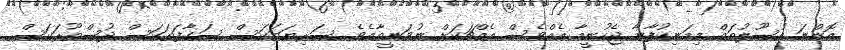
އޮންނަ އުސޫލުތައް މިމަނިކުފާނާ ޖެހުނީމާ އެއްވެސް އެއްޗަކަށް ނުވަނީތާއެވެ. ސަރިޔަތަކަސް ސަގާފަތަކަސް ދުސްތޫރަކަސް